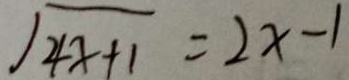
\sqrt { 4 x + 1 } = 2 x - 1